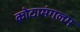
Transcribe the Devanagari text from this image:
कोठामंगलम